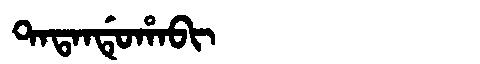
Manchu: ᡨᠠᡨᠠᠨᡩᡠᡥᠠᠪᡳ
Romanization: TATANDUHABI